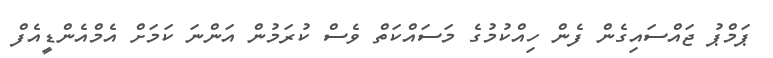
ޕަމްޕު ޖައްސައިގެން ފެން ހިއްކުމުގެ މަސައްކަތް ވެސް ކުރަމުން އަންނަ ކަމަށް އެމްއެންޑީއެފް